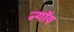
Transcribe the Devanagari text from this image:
न्यॉय